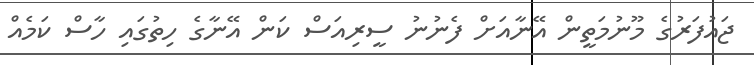
ޖައުފަރުގެ މޫނުމަތީން އޭނާއަށް ފެނުނު ސީރިއަސް ކަން އޭނާގެ ހިތުގައި ހާސް ކަމެއް